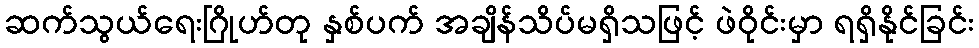
ဆက်သွယ်ရေးဂြိုဟ်တု နှစ်ပက် အချိန်သိပ်မရှိသဖြင့် ဖဲဝိုင်းမှာ ရရှိနိုင်ခြင်း